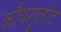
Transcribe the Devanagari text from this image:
कौयगुलांट